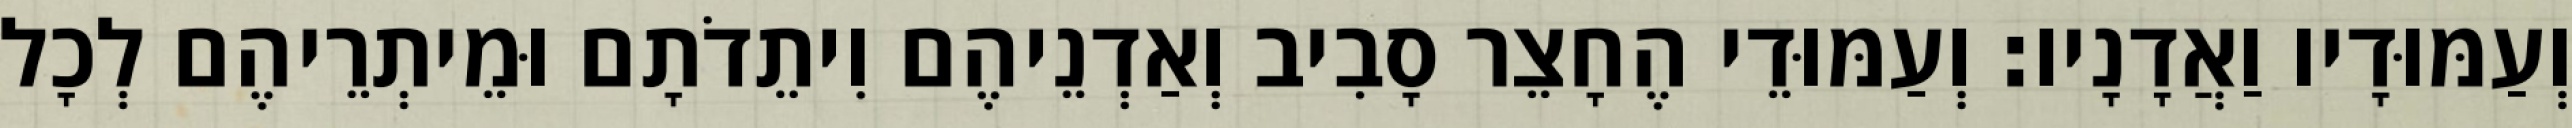
וְעַמּוּדָיו וַאֲדָנָיו׃ וְעַמּוּדֵי הֶחָצֵר סָבִיב וְאַדְנֵיהֶם וִיתֵדֹתָם וּמֵיתְרֵיהֶם לְכָל